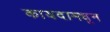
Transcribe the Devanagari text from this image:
कायदामधून